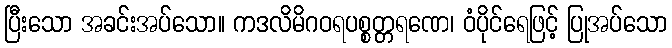
ပြီးသော အခင်းအပ်သော။ ကဒလိမိဂဝရပစ္စတ္တရဏေ၊ ဝံပိုင်ရေဖြင့် ပြုအပ်သော